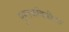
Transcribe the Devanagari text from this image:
पुस्तकविक्रीला